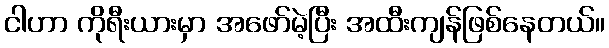
ငါဟာ ကိုရီးယားမှာ အဖော်မဲ့ပြီး အထီးကျန်ဖြစ်နေတယ်။